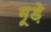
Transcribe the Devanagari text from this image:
गूड़े